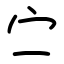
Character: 㝉